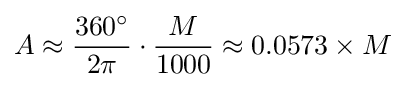
A\approx {360^{\circ } \over 2\pi }\cdot {M \over 1000}\approx 0.0573\times M